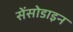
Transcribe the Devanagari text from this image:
सेंसोडाइन